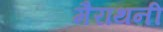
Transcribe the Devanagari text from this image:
मैराथनी